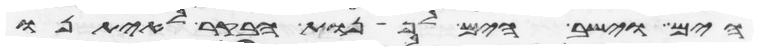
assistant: הים וישב הים לפנות הבקר לאיתנו